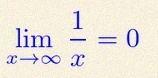
\lim_{x\to\infty}\frac{1}{x}=0